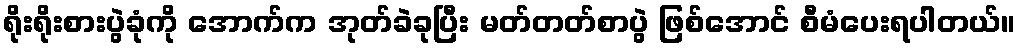
ရိုးရိုးစားပွဲခုံကို အောက်က အုတ်ခဲခုပြီး မတ်တတ်စာပွဲ ဖြစ်အောင် စီမံပေးရပါတယ်။